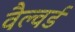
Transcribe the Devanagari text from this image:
वैल्वर्ड